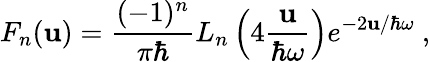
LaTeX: F_{n}(\mathbf{u})={\frac{{(-1)^{n}}}{{\pi\hbar}}}L_{n}\left(4{\frac{{\mathbf{u}}}{{\hbar\omega}}}\right)e^{-2\mathbf{u}/\hbar\omega}~,